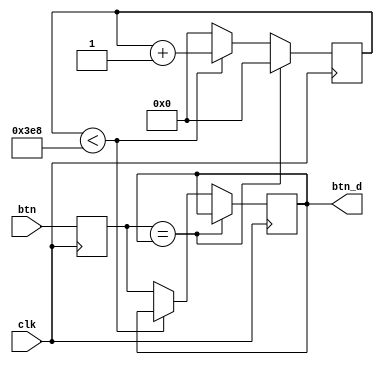
module debouncer(
    input clk,
    input btn,  // current state
    output reg btn_d = 0  // previous state
);
    parameter DEBOUNCE_TIME = 1000;
    reg [16:0] counter = 0;
    reg noisy_signal = 0;

    always @(posedge clk) begin
        noisy_signal <= btn;
        if (noisy_signal == btn_d) begin
            counter <= 0;
        end else begin
            if (counter < DEBOUNCE_TIME) begin
                counter <= counter + 1;
            end else begin
                btn_d <= noisy_signal;
                counter <= 0;
            end
        end
    end
endmodule